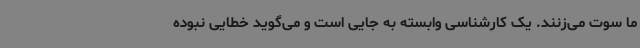
ما سوت می‌زنند. یک کارشناسی وابسته به جایی است و می‌گوید خطایی نبوده